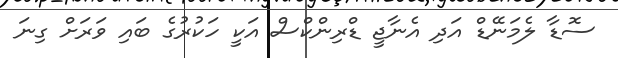
ސޮޑާ ލެމަނޭޑް އަދި އެނާޖީ ޑްރިންކްސް އަކީ ހަކުރުގެ ބައި ވަރަށް ގިނަ